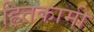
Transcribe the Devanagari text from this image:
हितकामी